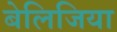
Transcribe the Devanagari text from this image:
बेलिजिया